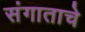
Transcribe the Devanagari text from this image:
संगाताचे